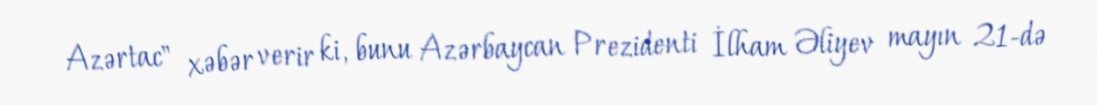
Azərtac" xəbər verir ki, bunu Azərbaycan Prezidenti İlham Əliyev mayın 21-də